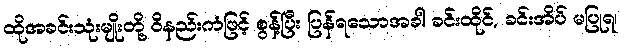
ထိုအခင်းသုံးမျိုးတို့ ဝိနည်းကံဖြင့် စွန့်ပြီး ပြန်ရသောအခါ ခင်းထိုင်, ခင်းအိပ် မပြုရ၊